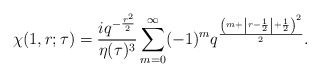
\begin{align*}\chi(1,r;\tau) = \frac{iq^{-\frac{r^2}{2}}}{\eta(\tau)^3}\sum_{m=0}^\infty (-1)^m q^{\frac{\left(m+\left| r-\frac{1}{2}\right|+\frac{1}{2}\right)^2}{2}}.\end{align*}